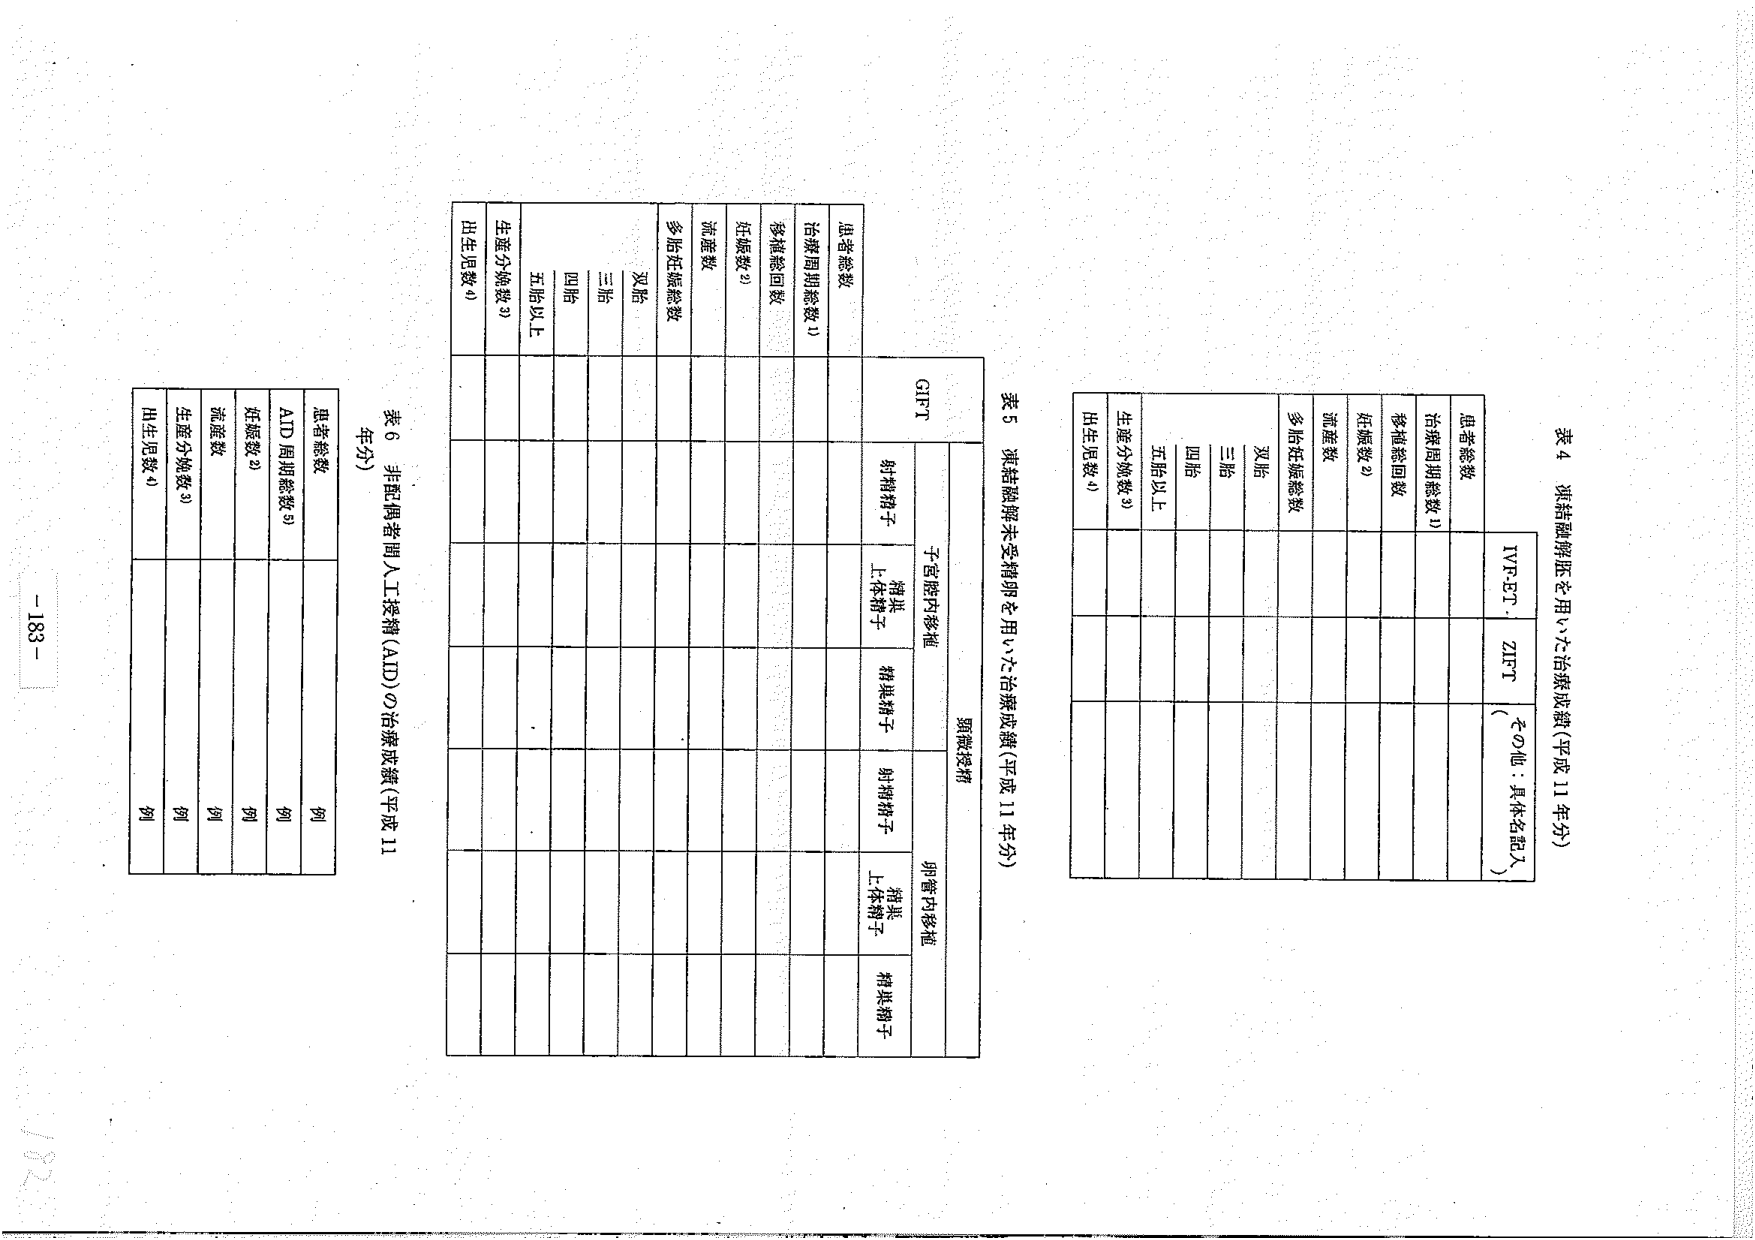
表4 混合融解胚を用いた治療成績（平成11年分）

患者総数
治療周期総数1)
移植総回数
妊娠数2)
流産数
多胎妊娠総数
双胎
三胎
四胎
五胎以上
生産分娩数3)
出生児数4)

IVF-ET
ZIFT
（その他：具体名記入）

表5 混合融解卵未受精卵を用いた治療成績（平成11年分）

GIFT
卵胞移植
子宮腔内移植
卵管内移植

患者総数
治療周期総数1)
移植総回数
妊娠数2)
流産数
多胎妊娠総数
双胎
三胎
四胎
五胎以上
生産分娩数3)
出生児数4)

卵巣精子
上体精子
精巣精子
卵巣精子
上体精子
精巣精子

表6 非配偶者間人工授精（AID）の治療成績（平成11年分）

患者総数
AID周期総数5)
妊娠数2)
流産数
生産分娩数3)
出生児数4)

例
例
例
例
例
例

-183-